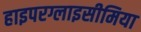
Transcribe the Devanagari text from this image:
हाइपरग्लाइसीमिया